Papers set at the Examination for Leaving Certificates, 1890
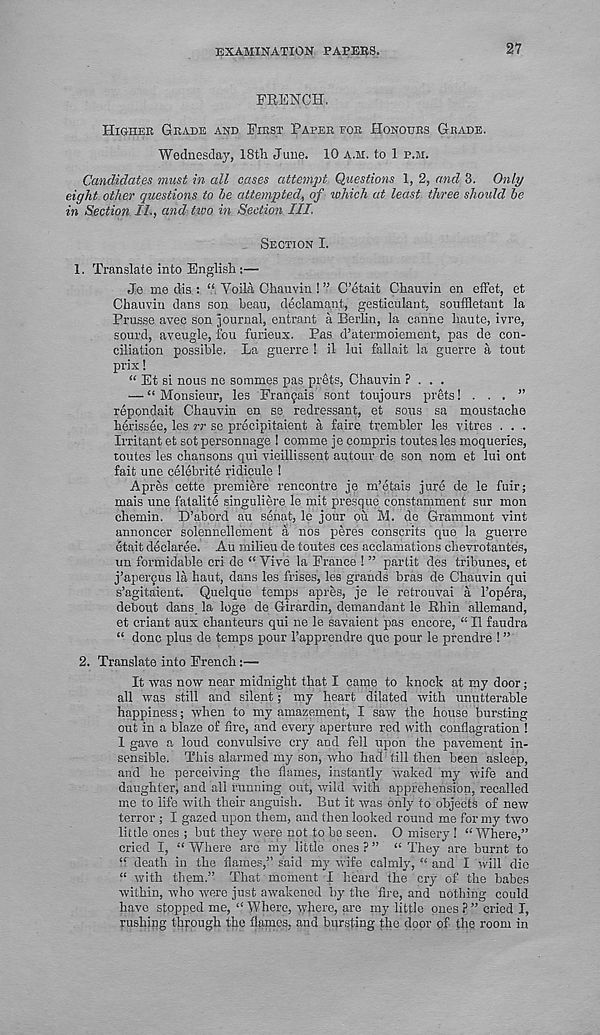
EXAMINATION PAPEBS.
27
FRENCH.
HIGHER GRADE AND FIRST PAPER FOR HONOURS GRADE.
Wednesday, 18tli June. 10 A.M. to 1 P.M.
Candidates must in all cases attempt Questions 1, 2, and 3. Only
eight other questions to be attempted, of which at least three should be
in Section II., and two. in Section III.
SECTION I.
1. Translate into English :—
Je me dis : “ Voila, Chauvin ! ” C’etait Chanvin en effet, et
Chauvin dans son beau, declamant, gesticulant, sonffletant la
Prusse avec son journal, entrant a Berlin, la canne haute, ivre,
sourd, aveugle, fou furieux. Pas d’atermoiement, pas de con-
ciliation possible. La guerre ! il lui fallait la guerre a tout
prix!
“ Et si nous no sotnmes pas prets, Chauvin ? . . .
— “ Monsieur, les Fran^ais sont toujours prets! . . . ”
repondait Chauvin en se redressant, et sous sa moustache
herissee, les rr se precipitaient a faire trembler les vitres . . .
Irritant et sot personnage I comme je compris toutes les moqueries,
routes les chansons qui vieillissent autour de son nom et lui ont
fait une celebrite ridicule !
Apres cette premiere rencontre je m’etais jure de le fuir;
mais une fatalite singuliere le mit presque constamment sur mon
chemin. D’abord au senat, le jour oil M. de Grammont vint
annoncer solennellement a nos peres conscrits que la guerre
etait declaree. Au milieu de toutes ces acclamations chevrotantes,
un formidable cri de “ Vive la France ! ” partit des tribunes, et
j’apei'9us la haut, dans les frises, les grands bras de Chauvin qui
s’agitaient. Quelque temps apres, je le retrouvai a 1’opera,
debout dans la loge de Girardin, demandant le Rhin allemand,
et criant aux chanteurs qui ne le savaient pas encore, “ II faudra
“ done plus de temps pour 1’apprendre quo pour le prendre ! ”
2. Translate into French:—
It was now near midnight that I came to knock at my door;
all was still and silent; my heart dilated with unutterable
happiness; when to my amazement, I saw the house bursting
out in a blaze of fire, and every aperture red with conflagration !
1 gave a loud convulsive cry and fell upon the pavement in-
sensible. This alarmed my son, who had Till then been asleep,
and he perceiving the flames, instantly waked my wife and
daughter, and all running out, wild with apprehension, recalled
me to life with their anguish. But it was only to objects of new
terror ; I gazed upon them, and then looked round me for my two
little ones ; but they were not to be seen. O misery ! “Where,”
cried I, “ Where are my little ones ? ” “ They are burnt to
“ death in the flames,” said my wife calmly, “ and I will die
“ with them.” That moment I heard the cry of the babes
within, who were just awakened by the Are, and nothing could
have stopped me, “ Where, where, are my little ones ? ” cried I,
rushing through the flames, and bursting the door of the room in